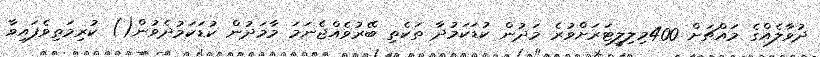
ދުވާލެއްގެ މައްޗަށް 400މިލިލީޓަރަށްވުރެ މަދުން ކުޑަކަމުދާ ތަކެތި ބޭރުވެއްޖެނަމަ މާމަދުން ކުޑަކަމުދެވުން() ކުރިމަތިވެފައިވާ